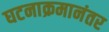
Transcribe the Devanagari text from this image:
घटनाक्रमानंतर